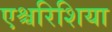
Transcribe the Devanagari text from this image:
एश्चरिशिया